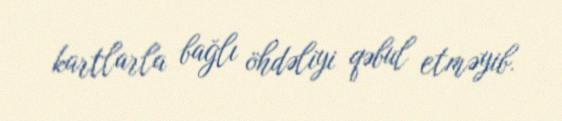
kartlarla bağlı öhdəliyi qəbul etməyib.